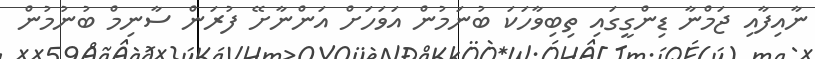
ނާއިފާއި ޖަމްނާ ޑިންގީގައި ތިބިވާހަކަ ބުނަމުން އަވަހަށް އަންނާށޭ ފުރަން ސާނިމް ބުނުމުން